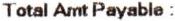
TOTAL AMT PAYABLE :